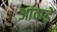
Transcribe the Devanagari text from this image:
आकड़ें